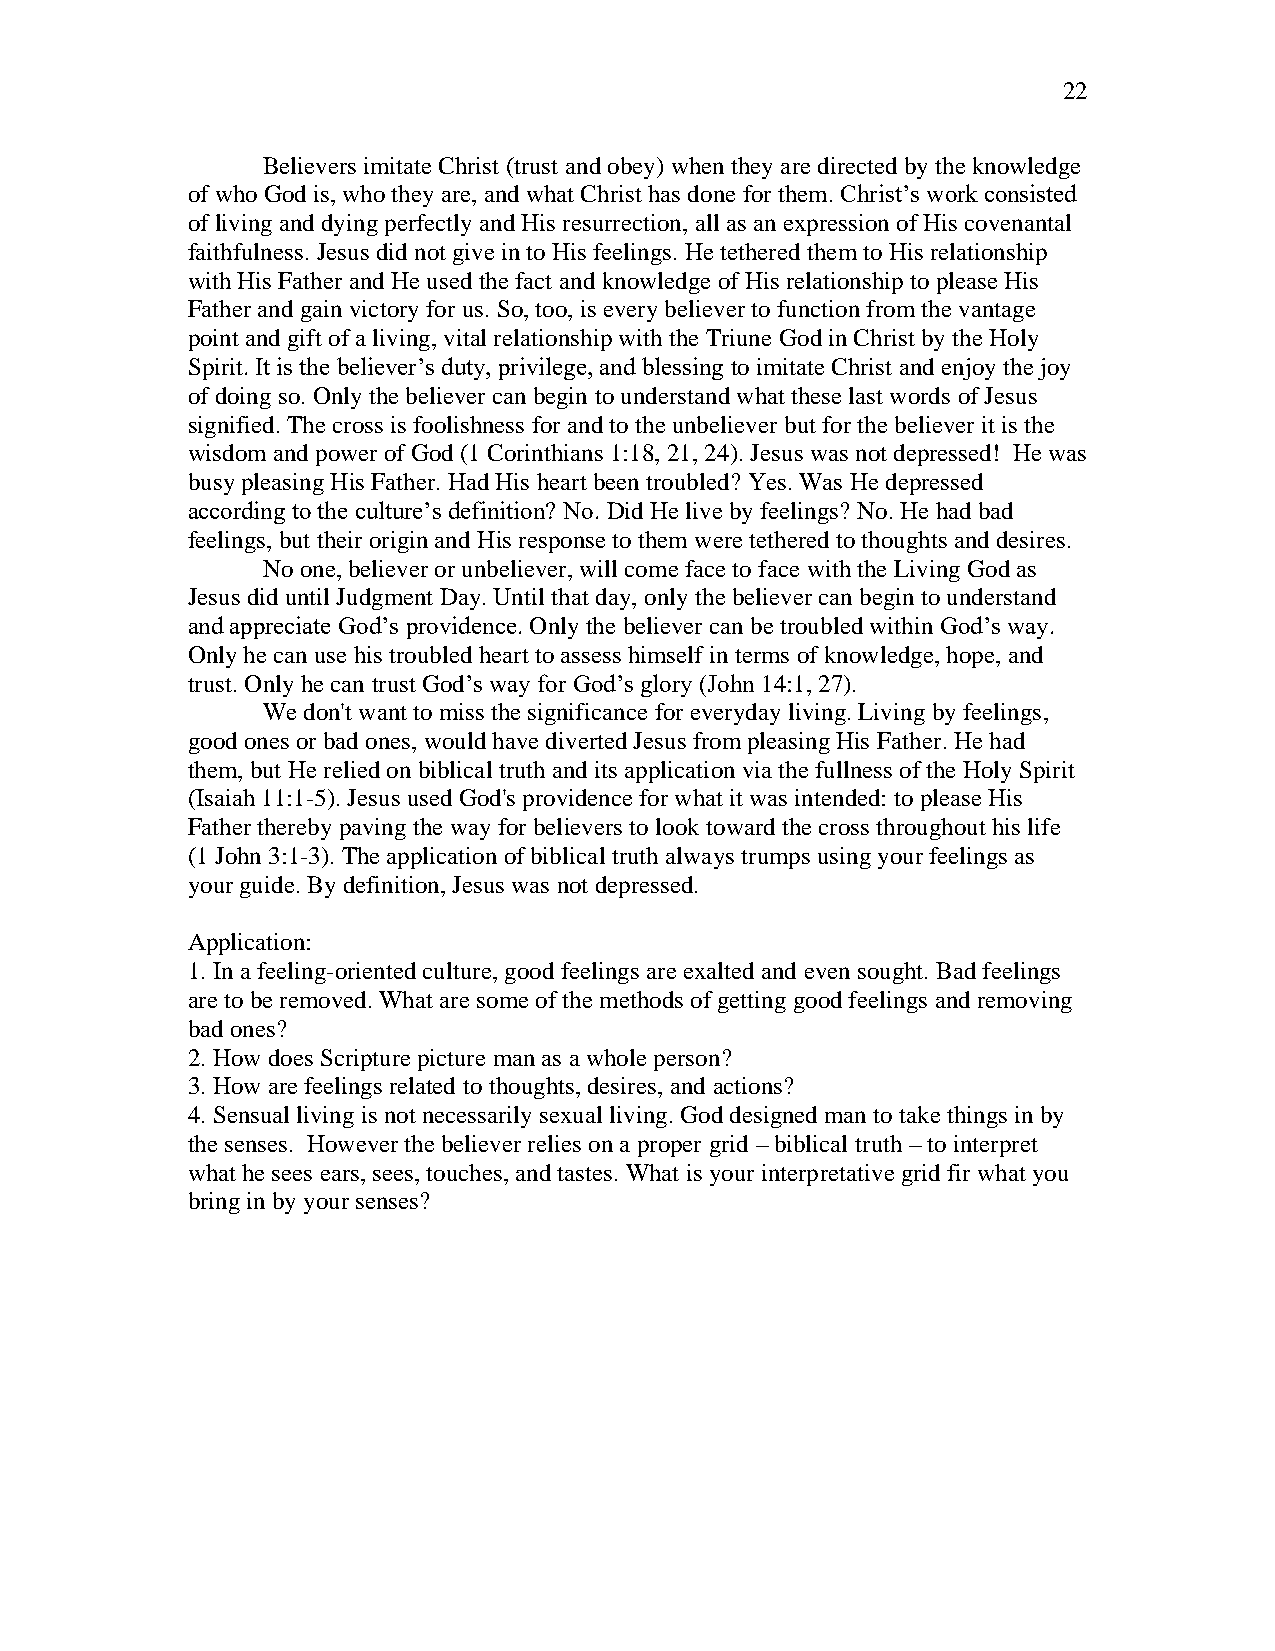
22
 Believers imitate Christ (trust and obey) when they are directed by the knowledge
 of who God is, who they are, and what Christ has done for them. Christ’s work consisted
 of living and dying perfectly and His resurrection, all as an expression of His covenantal
 faithfulness. Jesus did not give in to His feelings. He tethered them to His relationship
 with His Father and He used the fact and knowledge of His relationship to please His
 Father and gain victory for us. So, too, is every believer to function from the vantage
 point and gift of a living, vital relationship with the Triune God in Christ by the Holy
 Spirit. It is the believer’s duty, privilege, and blessing to imitate Christ and enjoy the joy
 of doing so. Only the believer can begin to understand what these last words of Jesus
 signified. The cross is foolishness for and to the unbeliever but for the believer it is the
 wisdom and power of God (1 Corinthians 1:18, 21, 24). Jesus was not depressed! He was
 busy pleasing His Father. Had His heart been troubled? Yes. Was He depressed
 according to the culture’s definition? No. Did He live by feelings? No. He had bad
 feelings, but their origin and His response to them were tethered to thoughts and desires.
 No one, believer or unbeliever, will come face to face with the Living God as
 Jesus did until Judgment Day. Until that day, only the believer can begin to understand
 and appreciate God’s providence. Only the believer can be troubled within God’s way.
 Only he can use his troubled heart to assess himself in terms of knowledge, hope, and
 trust. Only he can trust God’s way for God’s glory (John 14:1, 27).
 We don't want to miss the significance for everyday living. Living by feelings,
 good ones or bad ones, would have diverted Jesus from pleasing His Father. He had
 them, but He relied on biblical truth and its application via the fullness of the Holy Spirit
 (Isaiah 11:1-5). Jesus used God's providence for what it was intended: to please His
 Father thereby paving the way for believers to look toward the cross throughout his life
 (1 John 3:1-3). The application of biblical truth always trumps using your feelings as
 your guide. By definition, Jesus was not depressed.
 Application:
 1. In a feeling-oriented culture, good feelings are exalted and even sought. Bad feelings
 are to be removed. What are some of the methods of getting good feelings and removing
 bad ones?
 2. How does Scripture picture man as a whole person?
 3. How are feelings related to thoughts, desires, and actions?
 4. Sensual living is not necessarily sexual living. God designed man to take things in by
 the senses. However the believer relies on a proper grid – biblical truth – to interpret
 what he sees ears, sees, touches, and tastes. What is your interpretative grid fir what you
 bring in by your senses?